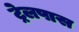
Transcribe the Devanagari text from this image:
ट्रेलपास